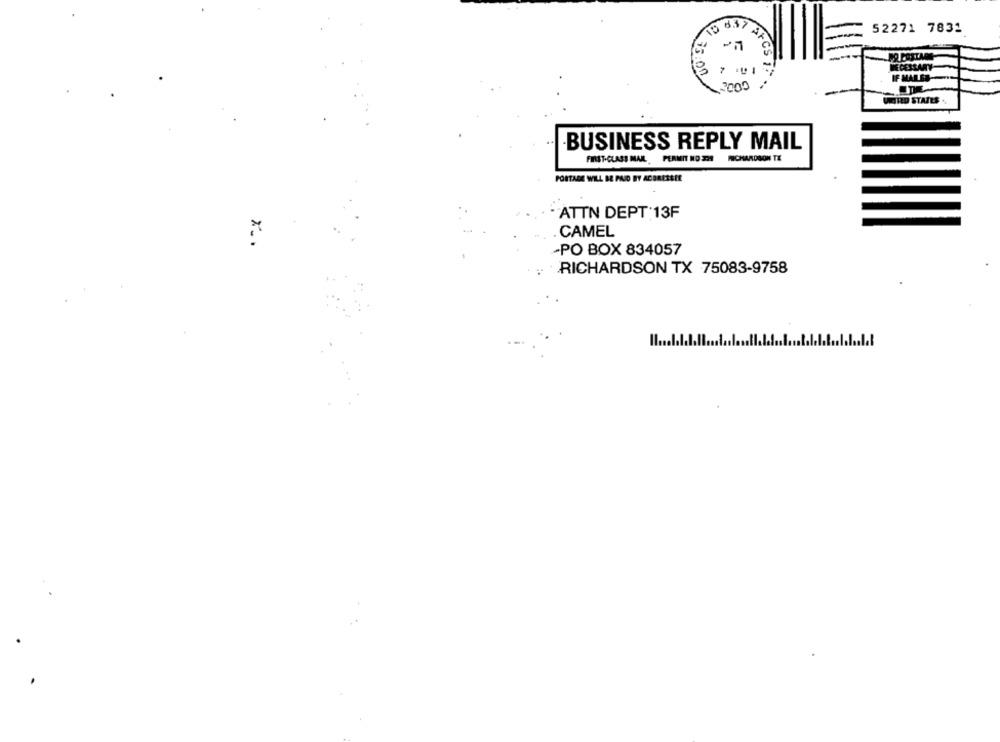
15 837
52271 7831
is on
3000
UNITED STATES.
-BUSINESS REPLY MAIL
FIRST-CLASS MAIL PERMIT NO 329 RICHARDSON TE
PORTADE WILL BE PAID BY ACORESEEE
ATTN DEPT 13F
CAMEL
-PO BOX 834057
RICHARDSON TX 75083-9758